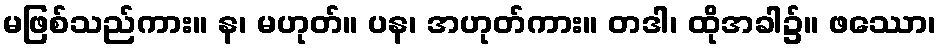
မဖြစ်သည်ကား။ န၊ မဟုတ်။ ပန၊ အဟုတ်ကား။ တဒါ၊ ထိုအခါ၌။ ဖဿော၊